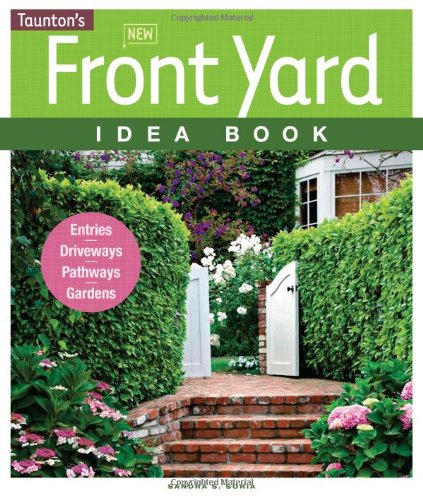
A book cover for New Front Yard Idea Book: Entries*Driveways*Pathways*Gardens (Taunton Home Idea Books); Sandra S. Soria; Crafts, Hobbies & Home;